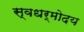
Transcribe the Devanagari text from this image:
स्वधर्मोदय